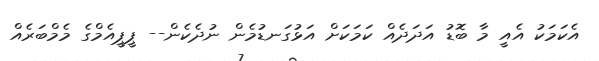
އެކަމަކު އެއީ މާ ބޮޑު އަދަދެއް ކަމަކަށް އަޅުގަނޑުމެން ނުދެކެން-- ޕީޕީއެމްގެ މެމްބަރެއް